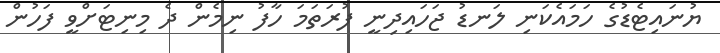
ޔުނައިޓެޑުގެ ހަމައެެކަނި ލަނޑު ޖަހައިދިނީ ފުރަތަމަ ހާފު ނިމެން ދެ މިނިޓަށްވީ ފަހުން